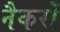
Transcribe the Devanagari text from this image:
नैकरों